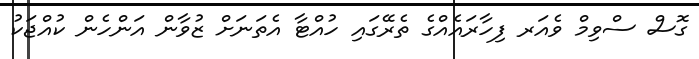
ގޮސް ސްވިމް ވެއަރ ފިހާރައެއްގެ ތެރޭގައި ހުއްޓާ އެތަނަށް ޒުވާން އަންހެން ކުއްޖަކު